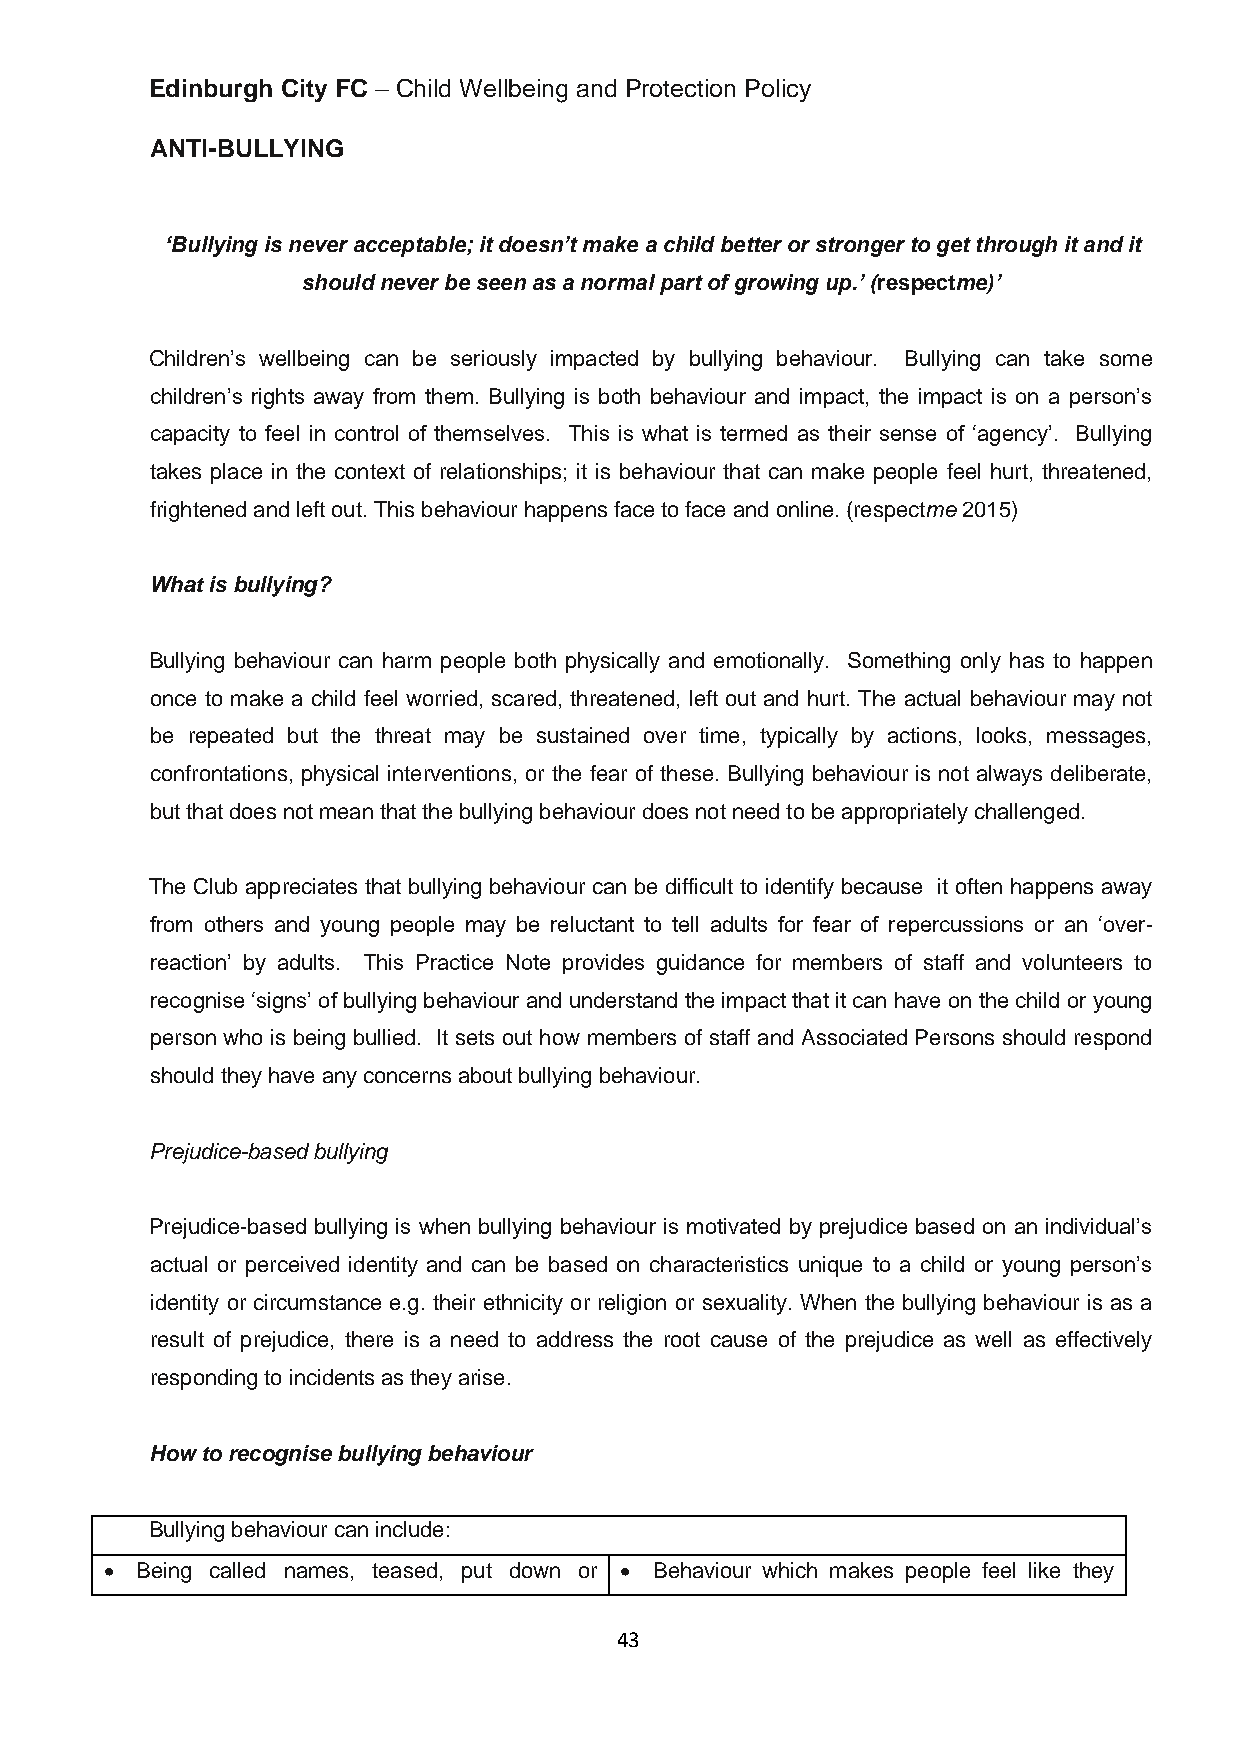
Edinburgh City FC – Child Wellbeing and Protection Policy
 ANTI-BULLYING
 ‘Bullying is never acceptable; it doesn’t make a child better or stronger to get through it and it
 should never be seen as a normal part of growing up.’ (respectme)’
 Children’s wellbeing can be seriously impacted by bullying behaviour. Bullying can take some
 children’s rights away from them. Bullying is both behaviour and impact, the impact is on a person’s
 capacity to feel in control of themselves. This is what is termed as their sense of ‘agency’. Bullying
 takes place in the context of relationships; it is behaviour that can make people feel hurt, threatened,
 frightened and left out. This behaviour happens face to face and online. (respectme 2015)
 What is bullying?
 Bullying behaviour can harm people both physically and emotionally. Something only has to happen
 once to make a child feel worried, scared, threatened, left out and hurt. The actual behaviour may not
 be repeated but the threat may be sustained over time, typically by actions, looks, messages,
 confrontations, physical interventions, or the fear of these. Bullying behaviour is not always deliberate,
 but that does not mean that the bullying behaviour does not need to be appropriately challenged.
 The Club appreciates that bullying behaviour can be difficult to identify because it often happens away
 from others and young people may be reluctant to tell adults for fear of repercussions or an ‘over-
 reaction’ by adults. This Practice Note provides guidance for members of staff and volunteers to
 recognise ‘signs’ of bullying behaviour and understand the impact that it can have on the child or young
 person who is being bullied. It sets out how members of staff and Associated Persons should respond
 should they have any concerns about bullying behaviour.
 Prejudice-based bullying
 Prejudice-based bullying is when bullying behaviour is motivated by prejudice based on an individual’s
 actual or perceived identity and can be based on characteristics unique to a child or young person’s
 identity or circumstance e.g. their ethnicity or religion or sexuality. When the bullying behaviour is as a
 result of prejudice, there is a need to address the root cause of the prejudice as well as effectively
 responding to incidents as they arise.
 How to recognise bullying behaviour
 Bullying behaviour can include:
 • Being called names, teased, put down or • Behaviour which makes people feel like they
 43